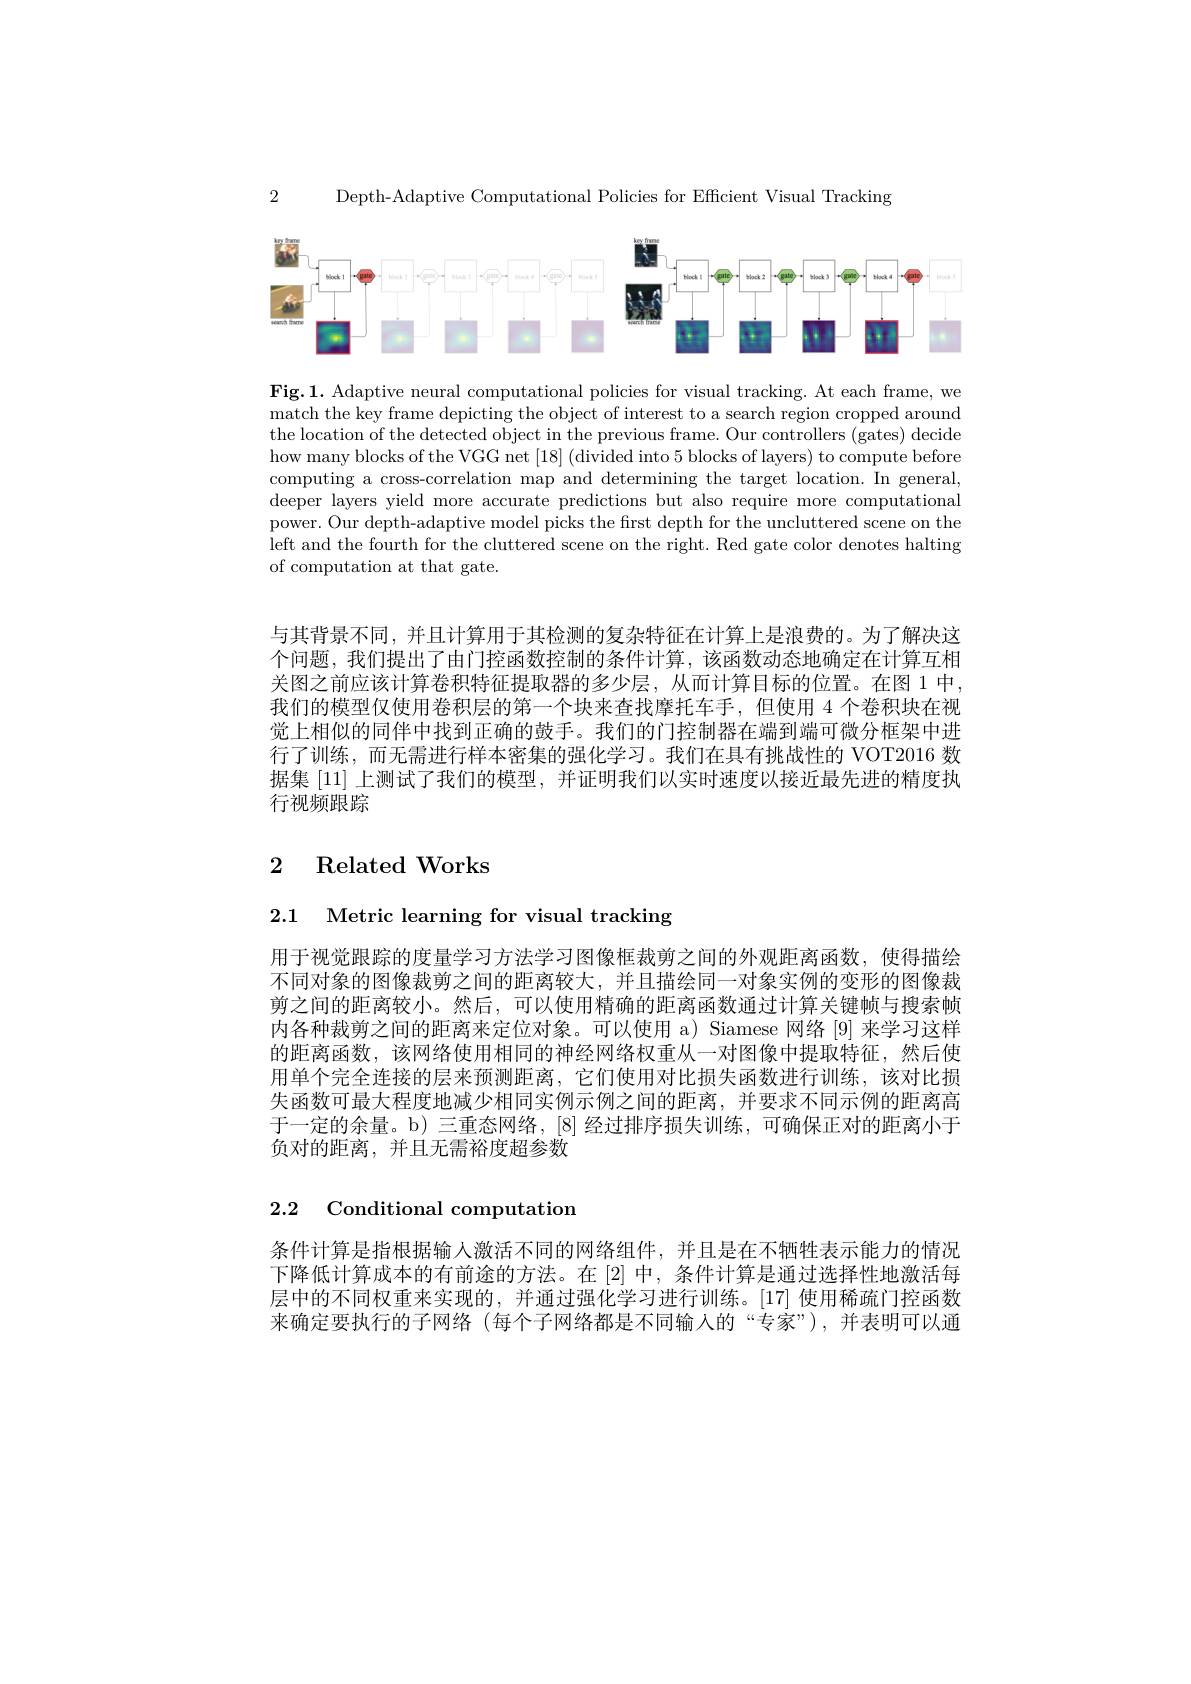
2

Depth-Adaptive Computational Policies for Efficient Visual Tracking

<FigureHere>

Fig.1. Adaptive neural computational policies for visual tracking. At each frame, we match the key frame depicting the object of interest to a search region cropped around the location of the detected object in the previous frame. Our controllers (gates) decide how many blocks of the VGG net [18] (divided into 5 blocks of layers) to compute before computing a cross-correlation map and determining the target location. In general, deeper layers yield more accurate predictions but also require more computational power. Our depth-adaptive model picks the first depth for the uncluttered scene on the left and the fourth for the cluttered scene on the right. Red gate color denotes halting of computation at that gate.

与其背景不同，并且计算用于其检测的复杂特征在计算上是浪费的。为了解决这个问题，我们提出了由门控函数控制的条件计算，该函数动态地确定在计算互相关图之前应该计算卷积特征提取器的多少层，从而计算目标的位置。在图 1 中我们的模型仅使用卷积层的第一个块来查找摩托车手，但使用 4 个卷积块在视觉上相似的同伴中找到正确的鼓手。我们的门控制器在端到端可微分框架中进行了训练，而无需进行样本密集的强化学习。我们在具有挑战性的 VOT2016 数据集 [11] 上测试了我们的模型，并证明我们以实时速度以接近最先进的精度执行视频跟踪

# 2 Related Works

2.1 Metric learning for visual tracking

用于视觉跟踪的度量学习方法学习图像框栽剪之间的外观距离函数，使得描绘不同对象的图像裁剪之间的距离较大，并且描绘同一对象实例的变形的图像裁剪之间的距离较小。然后，可以使用精确的距离函数通过计算关键帧与搜索帧内各种栽剪之间的距离来定位对象。可以使用 a) Siamese 网络 [9] 来学习这样的距离函数，该网络使用相同的神经网络权重从一对图像中提取特征，然后使用单个完全连接的层来预测距离，它们使用对比损失函数进行训练，该对比损失函数可最大程度地减少相同实例示例之间的距离，并要求不同示例的距离高于一定的余量。b) 三重态网络，[8]经过排序损失训练，可确保正对的距离小于负对的距离，并且无需裕度超参数

# 2.2 Conditional computation

条件计算是指根据输人激活不同的网络组件，并且是在不牺牲表示能力的情况下降低计算成本的有前途的方法。在[2]中，条件计算是通过选择性地激活每层中的不同权重来实现的，并通过强化学习进行训练。[17] 使用稀疏门控函数来确定要执行的子网络(每个子网络都是不同输入的“专家”),并表明可以通